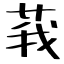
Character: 莪